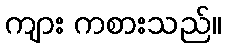
ကျား ကစားသည်။